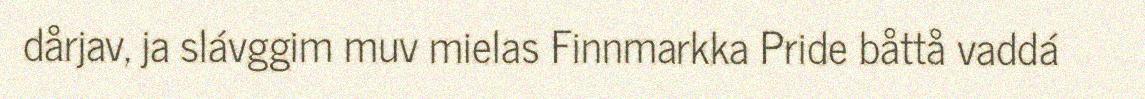
dårjav, ja slávggim muv mielas Finnmarkka Pride båttå vaddá